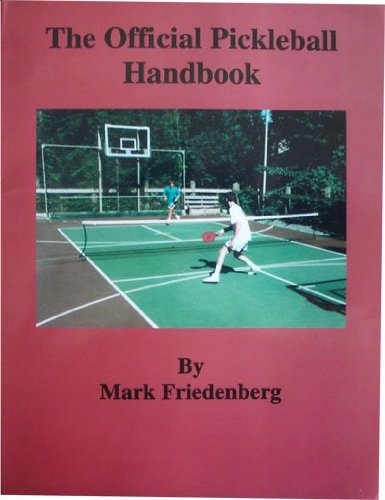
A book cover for The Official Pickleball Handbook; Mark Friedenberg; Sports & Outdoors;